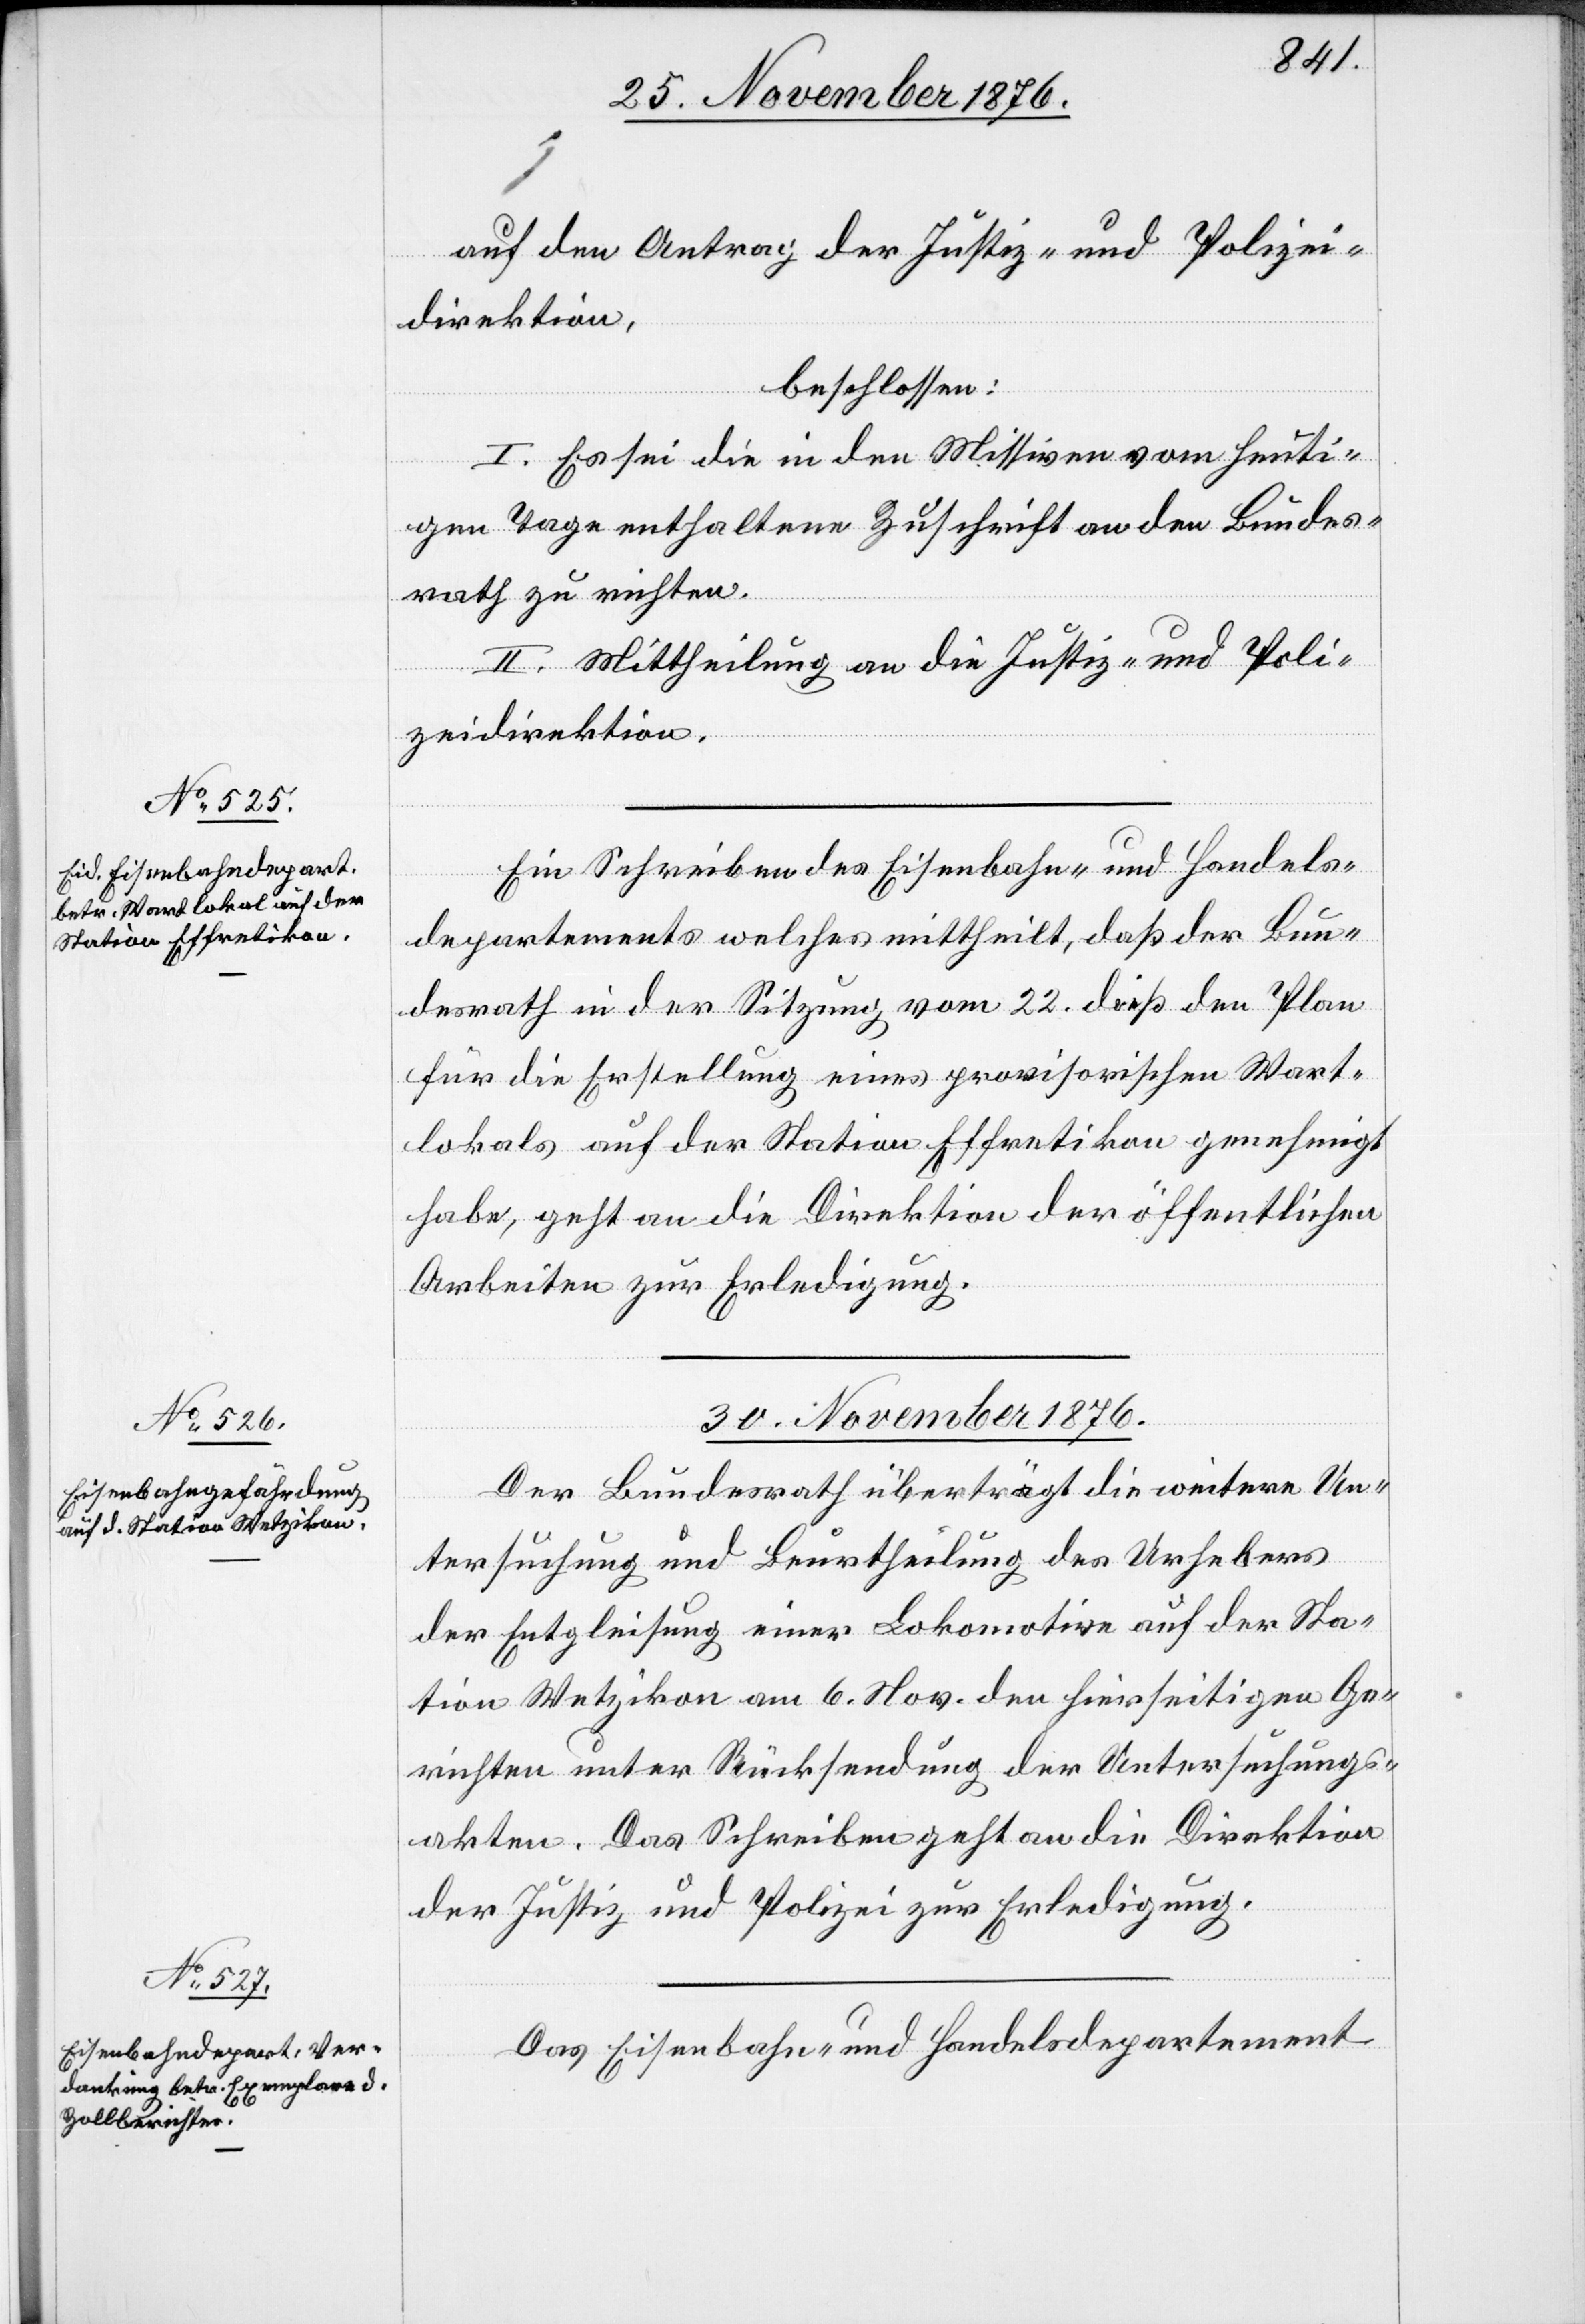
29. November 1876.]
auf den Antrag der Justiz- und Polizei¬
direktion,
beschlossen:
I. Es sei die in den Missiven vom heuti¬
gen Tage enthaltene Zuschrift an den Bundes¬
rath zu richten.
II. Mittheilung an die Justiz- und Poli¬
zeidirektion.
Ein Schreiben des Eisenbahn- und Handels¬
departements welches mittheilt, daß der Bun¬
desrath in der Sitzung vom 22. dieß den Plan
für die Erstellung eines provisorischen Wart¬
lokals auf der Station Effretikon genehmigt
habe, geht an die Direktion der öffentlichen
Arbeiten zur Erledigung.
30. November 1876.]
Der Bundesrath überträgt die weitere Un¬
tersuchung und Beurtheilung des Urhebers
der Entgleisung einer Lokomotive auf der Sta¬
tion Wetzikon am 6. Nov. den hierseitigen Ge¬
richten unter Rücksendung der Untersuchungs¬
akten. Das Schreiben geht an die Direktion
der Justiz und Polizei zur Erledigung.
Das Eisenbahn- und Handelsdepartement